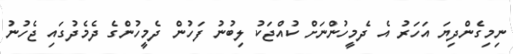
ނިމިގެންދިޔަ އަހަރު އެ ދެމީހުންނަށް ކުއްޖަކު ލިބުނު ފަހުން ދެމީހުންގެ ދެމެދުގައި ޖެހުނު